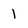
Character: 1